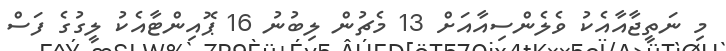
މި ނަތީޖާއާއެކު ވެލެންސިއާއަށް 13 މެޗުން ލިބުނު 16 ޕޮއިންޓާއެކު ލީގުގެ ފަސް